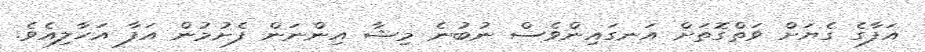
އަފާގެ ގެޔަށް ވަތްގޮތަށް އަނގައިންވެސް ނުބުނެ މިޝާ އިންނަން ފެށުމުން އަފާ އަހާލިއެވެ.